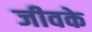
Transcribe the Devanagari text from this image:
जीवके